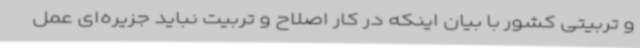
و تربیتی کشور با بیان اینکه در کار اصلاح و تربیت نباید جزیره‌ای عمل